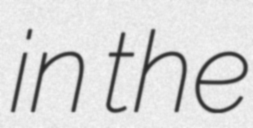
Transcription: in the